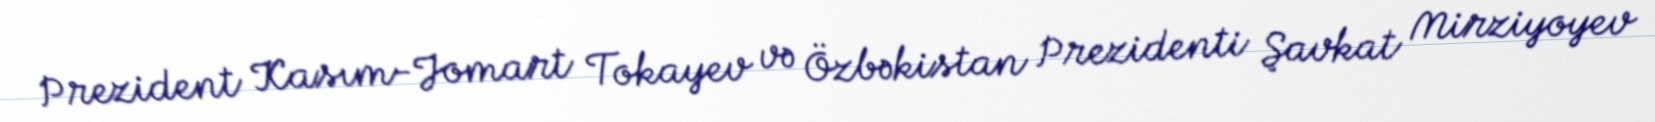
Prezident Kasım-Jomart Tokayev və Özbəkistan Prezidenti Şavkat Mirziyoyev